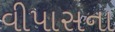
વીપાસના